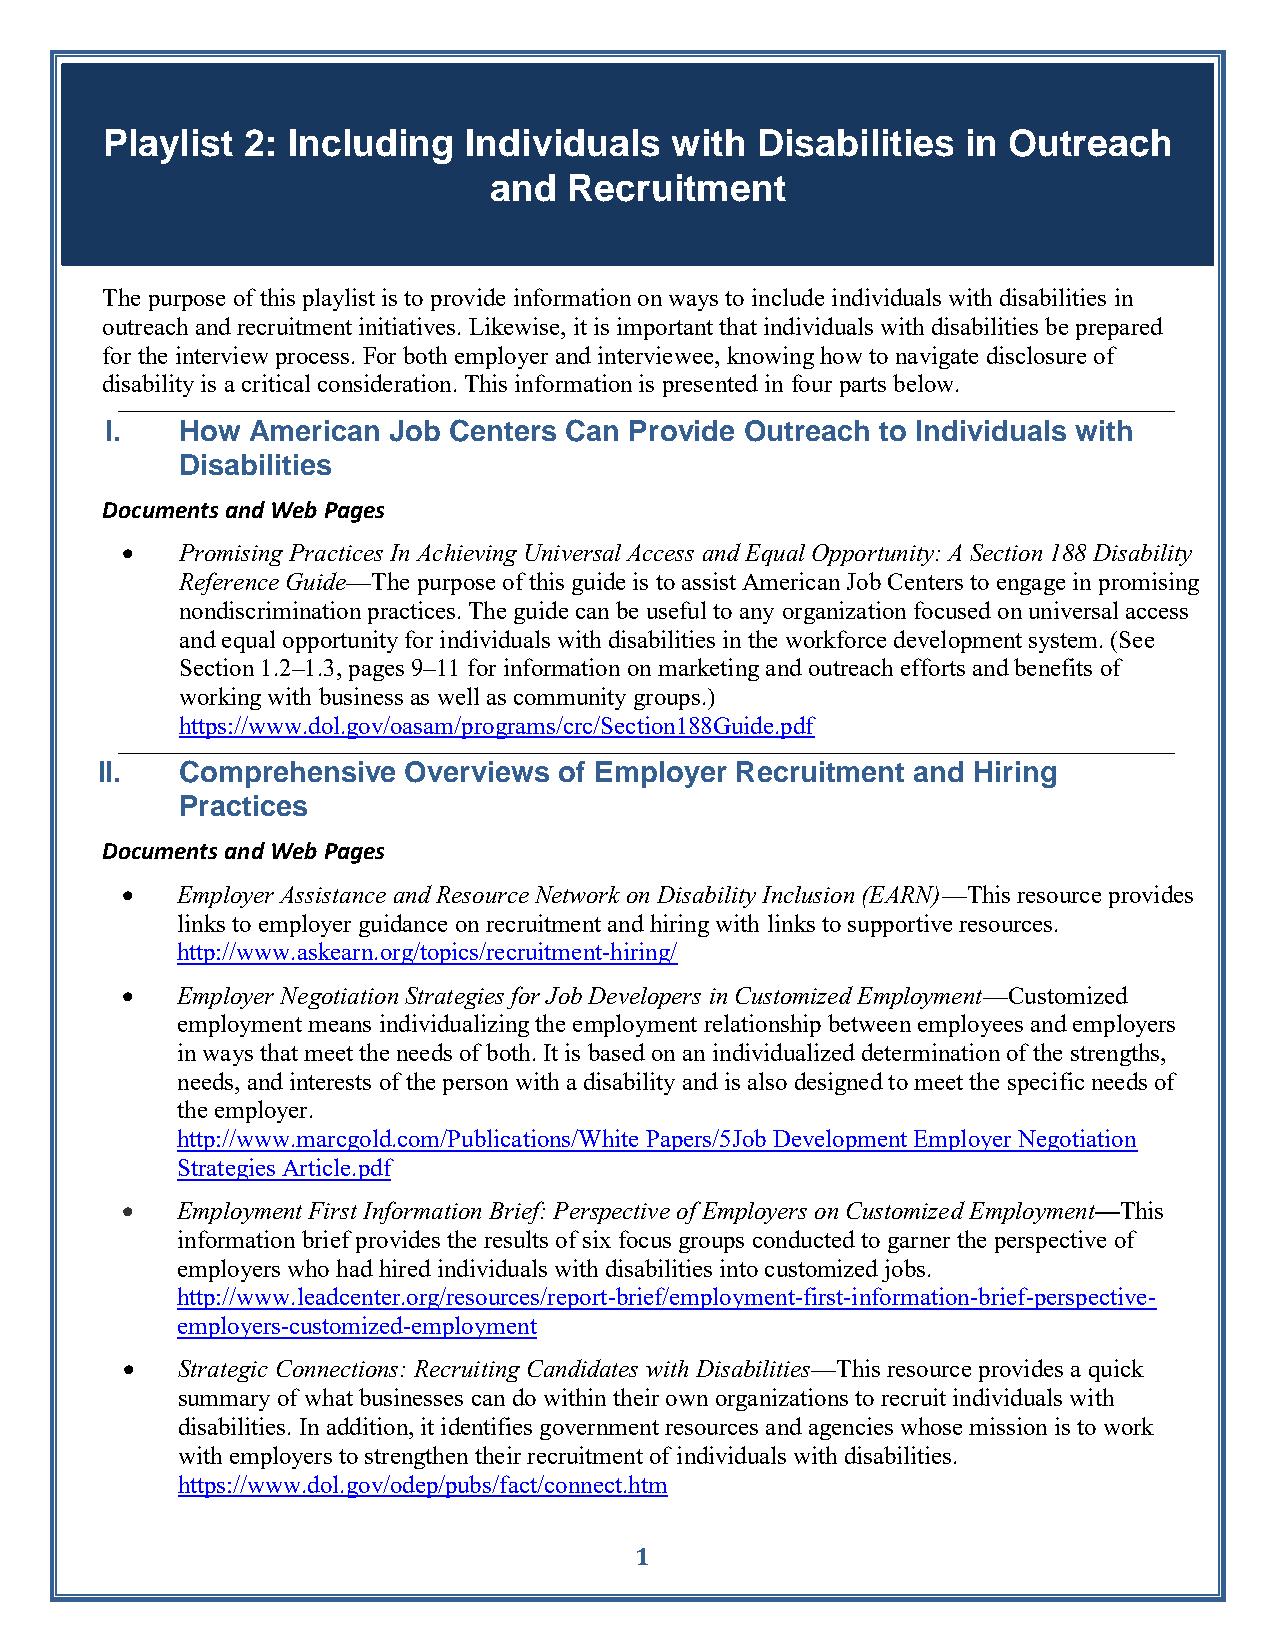
Playlist 2: Including   Individuals  with  Disabilities  in Outreach
 and   Recruitment
 The purpose of this playlist is to provide information on ways to include individuals with disabilities in
 outreach and recruitment initiatives. Likewise, it is important that individuals with disabilities be prepared
 for the interview process. For both employer and interviewee, knowing how to navigate disclosure of
 disability is a critical consideration. This information is presented in four parts below.
 I.   How American  Job Centers Can Provide Outreach to Individuals with
 Disabilities
 Documents and Web Pages
    Promising Practices In Achieving Universal Access and Equal Opportunity: A Section 188 Disability
 Reference Guide—The purpose of this guide is to assist American Job Centers to engage in promising
 nondiscrimination practices. The guide can be useful to any organization focused on universal access
 and equal opportunity for individuals with disabilities in the workforce development system. (See
 Section 1.2–1.3, pages 9–11 for information on marketing and outreach efforts and benefits of
 working with business as well as community groups.)
 https://www.dol.gov/oasam/programs/crc/Section188Guide.pdf
 II.   Comprehensive  Overviews of Employer Recruitment and Hiring
 Practices
 Documents and Web Pages
    Employer Assistance and Resource Network on Disability Inclusion (EARN)—This resource provides
 links to employer guidance on recruitment and hiring with links to supportive resources.
 http://www.askearn.org/topics/recruitment-hiring/
    Employer Negotiation Strategies for Job Developers in Customized Employment—Customized
 employment means individualizing the employment relationship between employees and employers
 in ways that meet the needs of both. It is based on an individualized determination of the strengths,
 needs, and interests of the person with a disability and is also designed to meet the specific needs of
 the employer.
 http://www.marcgold.com/Publications/White Papers/5Job Development Employer Negotiation
 Strategies Article.pdf
    Employment First Information Brief: Perspective of Employers on Customized Employment—This
 information brief provides the results of six focus groups conducted to garner the perspective of
 employers who had hired individuals with disabilities into customized jobs.
 http://www.leadcenter.org/resources/report-brief/employment-first-information-brief-perspective-
 employers-customized-employment
    Strategic Connections: Recruiting Candidates with Disabilities—This resource provides a quick
 summary of what businesses can do within their own organizations to recruit individuals with
 disabilities. In addition, it identifies government resources and agencies whose mission is to work
 with employers to strengthen their recruitment of individuals with disabilities.
 https://www.dol.gov/odep/pubs/fact/connect.htm
 1